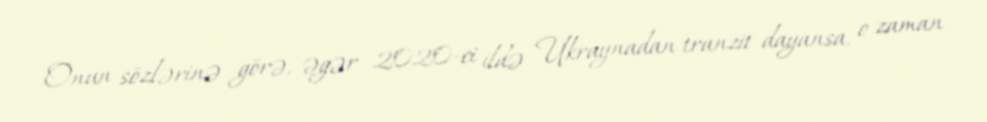
Onun sözlərinə görə, əgər 2020-ci ildə Ukraynadan tranzit dayansa, o zaman